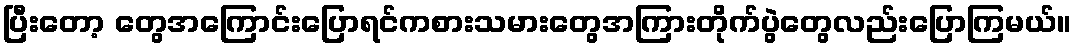
ပြီးတော့ တွေအကြောင်းပြောရင်ကစားသမားတွေအကြားတိုက်ပွဲတွေလည်းပြောကြမယ်။